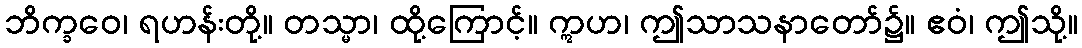
ဘိက္ခဝေ၊ ရဟန်းတို့။ တသ္မာ၊ ထို့ကြောင့်။ ဣဟ၊ ဤသာသနာတော်၌။ ဧဝံ၊ ဤသို့။